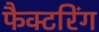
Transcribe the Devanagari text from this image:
फैक्टरिंग